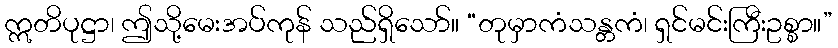
ဣတိပုဋ္ဌာ၊ ဤသို့မေးအပ်ကုန် သည်ရှိသော်။ “တုမှာကံသန္တကံ၊ ရှင်မင်းကြီးဥစ္စာ။”